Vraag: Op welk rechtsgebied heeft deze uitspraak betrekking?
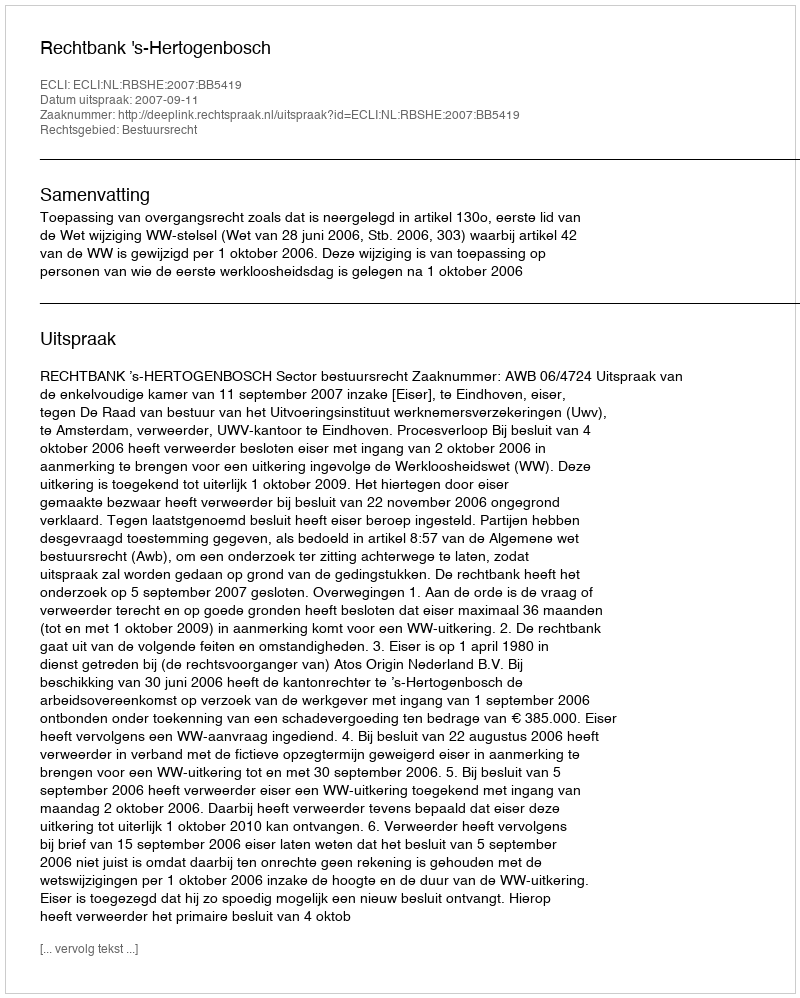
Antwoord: Bestuursrecht